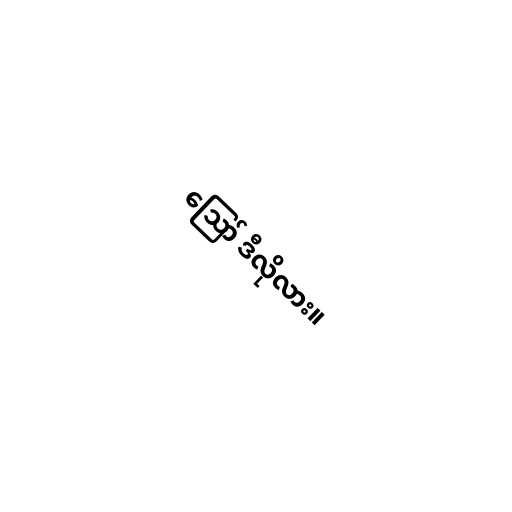
ဪ ဒီလိုလား။